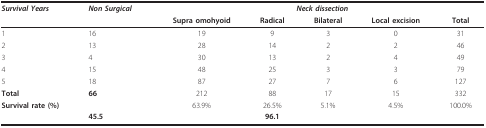
<table><thead><tr><td><b><i>Survival Years</i></b></td><td><b><i>Non Surgical </i></b></td><td colspan="5"><b><i>Neck dissection </i></b></td></tr><tr><td>[EMPTY_CELL]</td><td>[EMPTY_CELL]</td><td><b>Supra omohyoid</b></td><td><b>Radical</b></td><td><b>Bilateral</b></td><td><b>Local excision</b></td><td><b>Total</b></td></tr></thead><tbody><tr><td>1</td><td>16</td><td>19</td><td>9</td><td>3</td><td>0</td><td>31</td></tr><tr><td>2</td><td>13</td><td>28</td><td>14</td><td>2</td><td>2</td><td>46</td></tr><tr><td>3</td><td>4</td><td>30</td><td>13</td><td>2</td><td>4</td><td>49</td></tr><tr><td>4</td><td>15</td><td>48</td><td>25</td><td>3</td><td>3</td><td>79</td></tr><tr><td>5</td><td>18</td><td>87</td><td>27</td><td>7</td><td>6</td><td>127</td></tr><tr><td><b>Total</b></td><td><b>66</b></td><td>212</td><td>88</td><td>17</td><td>15</td><td>332</td></tr><tr><td><b>Survival rate (%)</b></td><td>[EMPTY_CELL]</td><td>63.9%</td><td>26.5%</td><td>5.1%</td><td>4.5%</td><td>100.0%</td></tr><tr><td>[EMPTY_CELL]</td><td><b>45.5</b></td><td>[EMPTY_CELL]</td><td><b>96.1</b></td><td>[EMPTY_CELL]</td><td>[EMPTY_CELL]</td><td>[EMPTY_CELL]</td></tr></tbody></table>